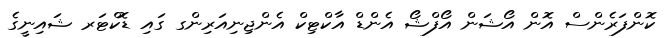
ކޮންފަރެންސް އޮން އޯޝަން އޯފްޝޯ އެންޑް އާކްޓިކް އެންޖިނިއަރިންގ ގައި ޑޮކްޓަރ ޝައިނީގެ